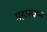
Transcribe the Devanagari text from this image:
महास्‍वप्‍न